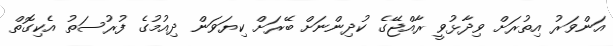
އަންވަރު އިތުރަށް ވިދާޅުވީ ރާއްޖޭގެ ކުދިންނަށް ބޭރަށް ކިޔަވަން ދިއުމުގެ ފުރުސަތު އެކިގޮތް